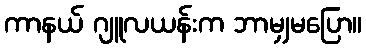
ကာနယ် ဂျူလယန်းက ဘာမျှမပြော။